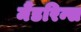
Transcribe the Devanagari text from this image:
मैंडरिन्स